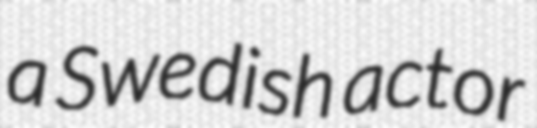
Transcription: a Swedish actor